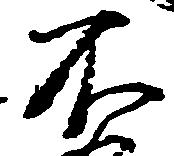
不